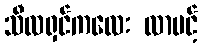
သီလရှင်ကလေး လာပင့်